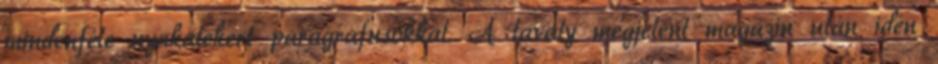
mindenféle nyakatekert paragrafusokkal. A tavaly megjelent magazin után idén